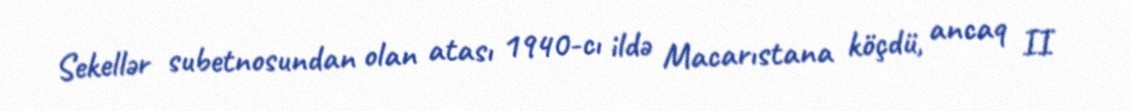
Sekellər subetnosundan olan atası 1940-cı ildə Macarıstana köçdü, ancaq II